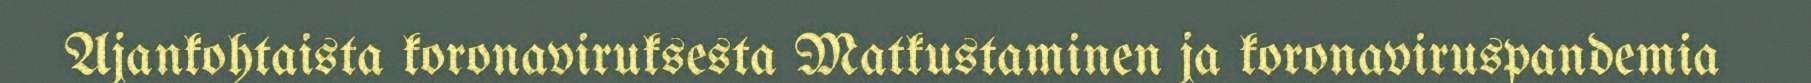
Ajankohtaista koronaviruksesta Matkustaminen ja koronaviruspandemia